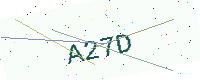
Text: A27D